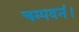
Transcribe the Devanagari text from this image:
चम्पवनं।